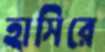
হাসিরে